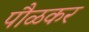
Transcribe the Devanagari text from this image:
पौळकर